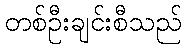
တစ်ဦးချင်းစီသည်